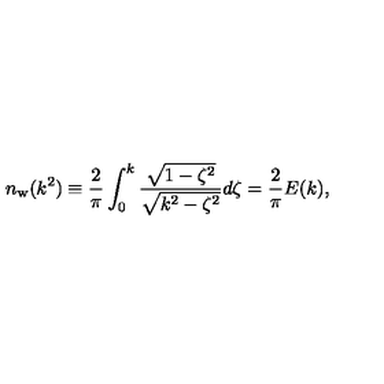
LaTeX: n _ { \mathrm { w } } ( k ^ { 2 } ) \equiv { \frac { 2 } { \pi } } \int _ { 0 } ^ { k } { \frac { \sqrt { 1 - \zeta ^ { 2 } } } { \sqrt { k ^ { 2 } - \zeta ^ { 2 } } } } d \zeta = { \frac { 2 } { \pi } } E ( k ) ,